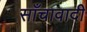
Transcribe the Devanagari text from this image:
साँचावादी